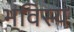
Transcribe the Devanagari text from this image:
भविस्य